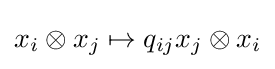
x_{i}\otimes x_{j}\mapsto q_{ij}x_{j}\otimes x_{i}